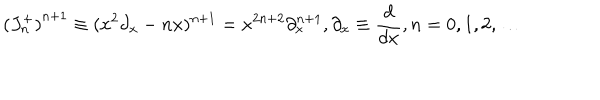
{ ( J _ { n } ^ { + } ) } ^ { n + 1 } \equiv ( x ^ { 2 } \partial _ { x } - n x ) ^ { n + 1 } = x ^ { 2 n + 2 } \partial _ { x } ^ { n + 1 } , \partial _ { x } \equiv { \frac { d } { d x } } , n = 0 , 1 , 2 , \ldots